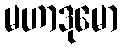
မဟာဒုမော